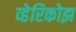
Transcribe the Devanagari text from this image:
व्हेरिकोझ